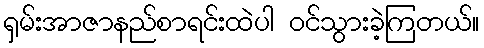
ရှမ်းအာဇာနည်စာရင်းထဲပါ ဝင်သွားခဲ့ကြတယ်။